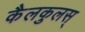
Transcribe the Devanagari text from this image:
कैलकुलस्‌